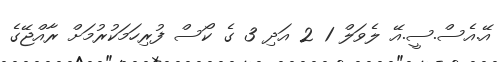
އޭ.އެސް.ސީ.އޭ ލެވަލް 1 2 އަދި 3 ގެ ކޯސް ފުރިހަމަކުރުމަށް ރާއްޖޭގެ